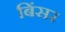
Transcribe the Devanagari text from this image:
बिंसर